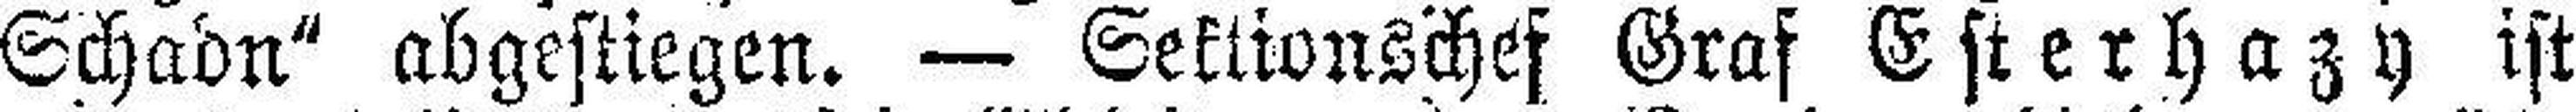
Schadn“ abgestiegen. — Sektionschef Graf Esterhazy ist